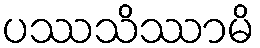
ပဿသိဿာမိ